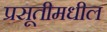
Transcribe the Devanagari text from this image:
प्रसूतीमधील